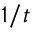
1 / t